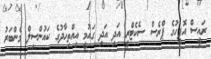
ރައީސް އޮފީހުގެ ޕްރެސް ސެކެޓްރީ އަދި އަދި ގައުމީ އިއްތިހާދުގެ ކައުންސިލް މެންބަރު